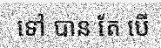
ទៅ បាន តែ បើ